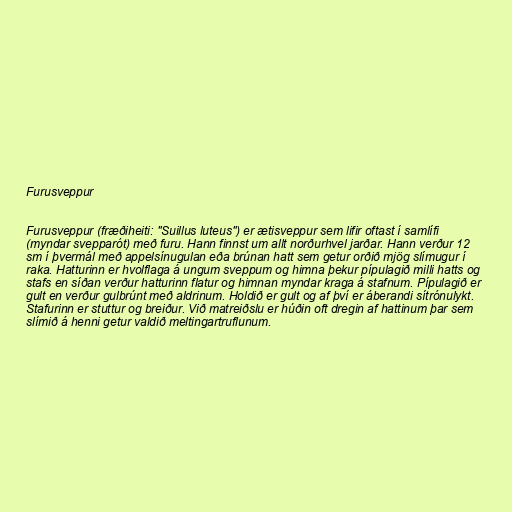
Furusveppur

Furusveppur (fræðiheiti: "Suillus luteus") er ætisveppur sem lifir oftast í samlífi
(myndar svepparót) með furu. Hann finnst um allt norðurhvel jarðar. Hann verður 12
sm í þvermál með appelsínugulan eða brúnan hatt sem getur orðið mjög slímugur í
raka. Hatturinn er hvolflaga á ungum sveppum og himna þekur pípulagið milli hatts og
stafs en síðan verður hatturinn flatur og himnan myndar kraga á stafnum. Pípulagið er
gult en verður gulbrúnt með aldrinum. Holdið er gult og af því er áberandi sítrónulykt.
Stafurinn er stuttur og breiður. Við matreiðslu er húðin oft dregin af hattinum þar sem
slímið á henni getur valdið meltingartruflunum.